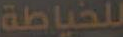
للخياطة